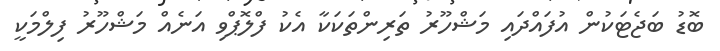
ބޮޑު ބަޖެޓަކުން އުފައްދައި މަޝްހޫރު ތަރިންތަކަކާ އެކު ފްލޮޕްވި އަނެއް މަޝްހޫރު ފިލްމަކީ